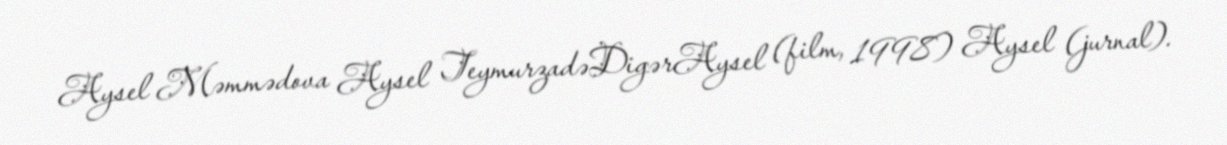
Aysel Məmmədova Aysel TeymurzadəDigərAysel (film, 1998) Aysel (jurnal).